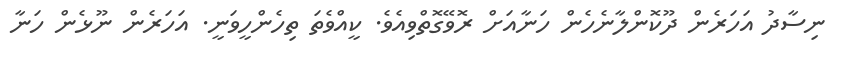
ނިސާދު އަހަރެން ދޫކޮންލާނެހެން ހަނާއަށް ރޮވޭގޮތްވިއެވެ. ކީއްވެތަ ތިހެންހީވަނީ. އަހަރެން ނޫޅެން ހަނާ